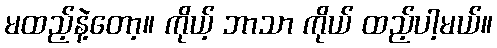
မထည့်နဲ့တော့။ ကိုယ့် ဘာသာ ကိုယ် ထည့်ပါ့မယ်။